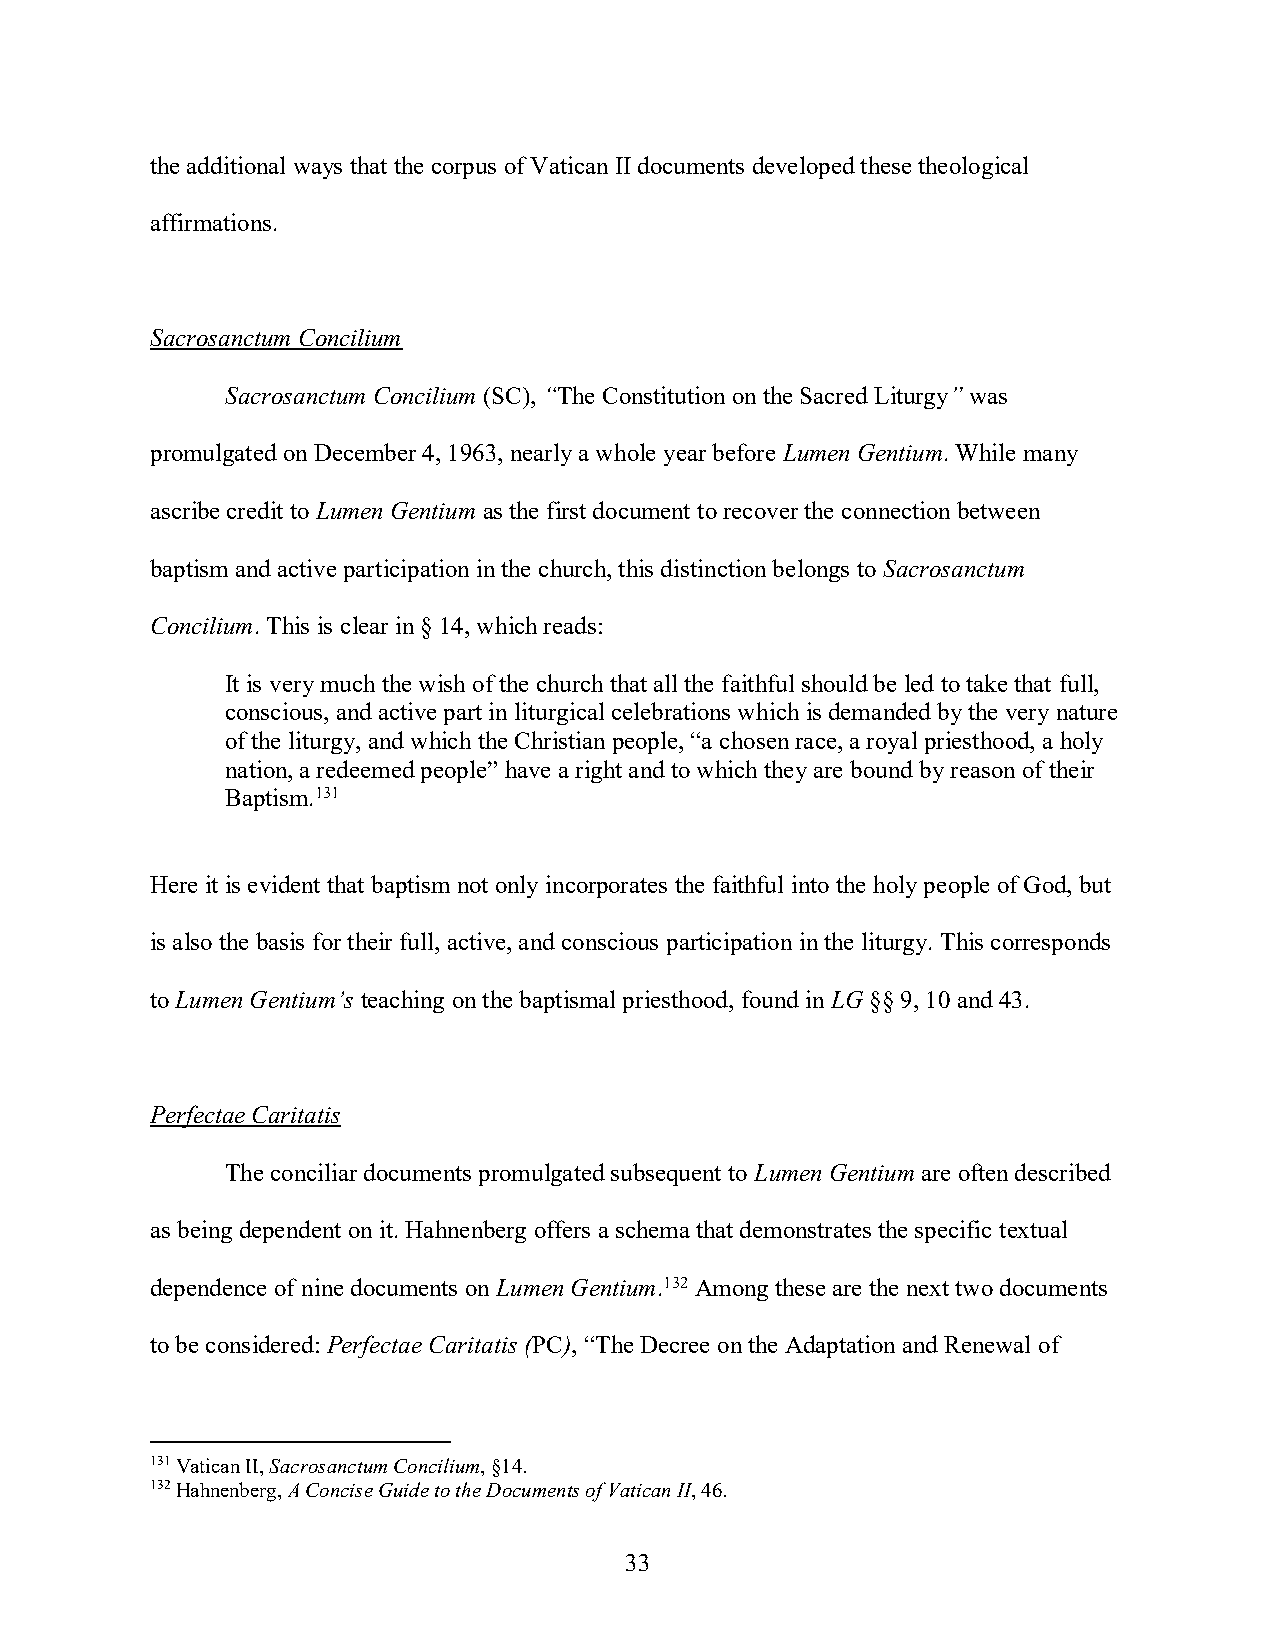
the additional ways that the corpus of Vatican II documents developed these theological
 affirmations.
 Sacrosanctum Concilium
 Sacrosanctum Concilium (SC), “The Constitution on the Sacred Liturgy” was
 promulgated on December 4, 1963, nearly a whole year before Lumen Gentium. While many
 ascribe credit to Lumen Gentium as the first document to recover the connection between
 baptism and active participation in the church, this distinction belongs to Sacrosanctum
 Concilium. This is clear in § 14, which reads:
 It is very much the wish of the church that all the faithful should be led to take that full,
 conscious, and active part in liturgical celebrations which is demanded by the very nature
 of the liturgy, and which the Christian people, “a chosen race, a royal priesthood, a holy
 nation, a redeemed people” have a right and to which they are bound by reason of their
 Baptism.131
 Here it is evident that baptism not only incorporates the faithful into the holy people of God, but
 is also the basis for their full, active, and conscious participation in the liturgy. This corresponds
 to Lumen Gentium’s teaching on the baptismal priesthood, found in LG §§ 9, 10 and 43.
 Perfectae Caritatis
 The conciliar documents promulgated subsequent to Lumen Gentium are often described
 as being dependent on it. Hahnenberg offers a schema that demonstrates the specific textual
 dependence of nine documents on Lumen Gentium.132 Among these are the next two documents
 to be considered: Perfectae Caritatis (PC), “The Decree on the Adaptation and Renewal of
 131 Vatican II, Sacrosanctum Concilium, §14.
 132 Hahnenberg, A Concise Guide to the Documents of Vatican II, 46.
 33